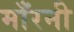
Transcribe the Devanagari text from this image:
माँरनी